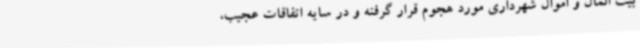
بیت المال و اموال شهرداری مورد هجوم قرار گرفته و در سایه اتفاقات عجیب،